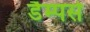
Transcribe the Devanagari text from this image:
डैम्पर्स